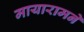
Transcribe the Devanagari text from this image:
मायारामने